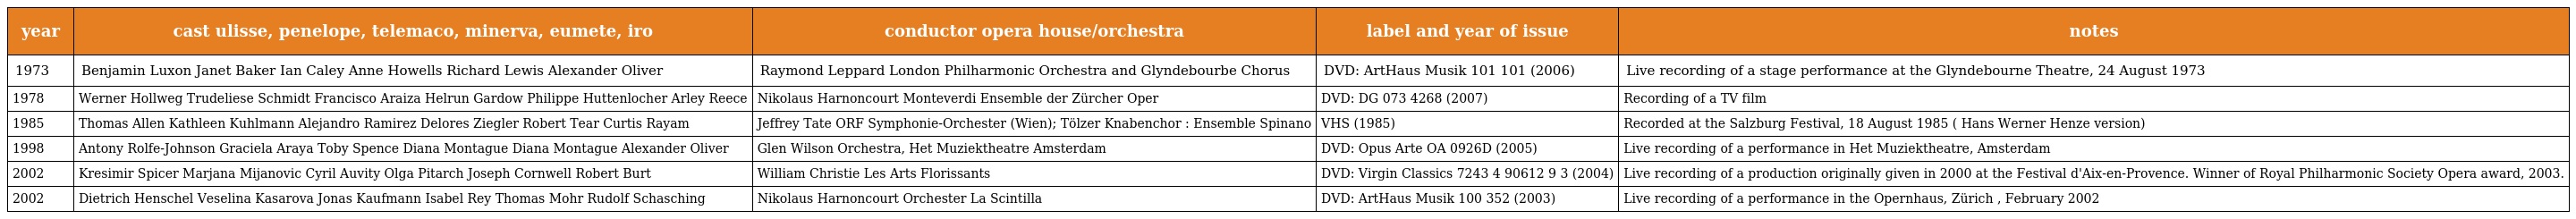
| year | cast ulisse, penelope, telemaco, minerva, eumete, iro | conductor opera house/orchestra | label and year of issue | notes |
 | --- | --- | --- | --- | --- |
 | 1973 | Benjamin Luxon Janet Baker Ian Caley Anne Howells Richard Lewis Alexander Oliver | Raymond Leppard London Philharmonic Orchestra and Glyndebourbe Chorus | DVD: ArtHaus Musik 101 101 (2006) | Live recording of a stage performance at the Glyndebourne Theatre, 24 August 1973 |
 | 1978 | Werner Hollweg Trudeliese Schmidt Francisco Araiza Helrun Gardow Philippe Huttenlocher Arley Reece | Nikolaus Harnoncourt Monteverdi Ensemble der Zürcher Oper | DVD: DG 073 4268 (2007) | Recording of a TV film |
 | 1985 | Thomas Allen Kathleen Kuhlmann Alejandro Ramirez Delores Ziegler Robert Tear Curtis Rayam | Jeffrey Tate ORF Symphonie-Orchester (Wien); Tölzer Knabenchor : Ensemble Spinano | VHS (1985) | Recorded at the Salzburg Festival, 18 August 1985 ( Hans Werner Henze version) |
 | 1998 | Antony Rolfe-Johnson Graciela Araya Toby Spence Diana Montague Diana Montague Alexander Oliver | Glen Wilson Orchestra, Het Muziektheatre Amsterdam | DVD: Opus Arte OA 0926D (2005) | Live recording of a performance in Het Muziektheatre, Amsterdam |
 | 2002 | Kresimir Spicer Marjana Mijanovic Cyril Auvity Olga Pitarch Joseph Cornwell Robert Burt | William Christie Les Arts Florissants | DVD: Virgin Classics 7243 4 90612 9 3 (2004) | Live recording of a production originally given in 2000 at the Festival d'Aix-en-Provence. Winner of Royal Philharmonic Society Opera award, 2003. |
 | 2002 | Dietrich Henschel Veselina Kasarova Jonas Kaufmann Isabel Rey Thomas Mohr Rudolf Schasching | Nikolaus Harnoncourt Orchester La Scintilla | DVD: ArtHaus Musik 100 352 (2003) | Live recording of a performance in the Opernhaus, Zürich , February 2002 |